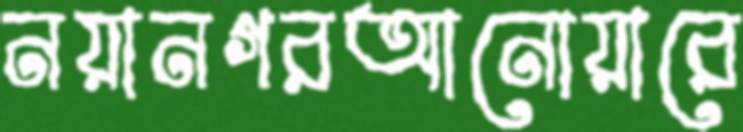
নয়ানগরআনোয়ারে